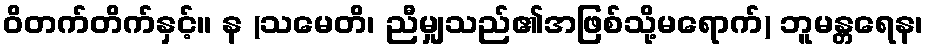
ဝိတက်တိက်နှင့်။ န (သမေတိ၊ ညီမျှသည်၏အဖြစ်သို့မရောက်) ဘူမန္တရေန၊